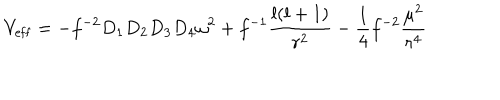
LaTeX: V _ { \mathrm { e f f } } = - f ^ { - 2 } D _ { 1 } D _ { 2 } D _ { 3 } D _ { 4 } \omega ^ { 2 } + f ^ { - 1 } { \frac { l ( l + 1 ) } { r ^ { 2 } } } - { \frac { 1 } { 4 } } f ^ { - 2 } { \frac { \mu ^ { 2 } } { r ^ { 4 } } }